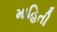
માહિતી